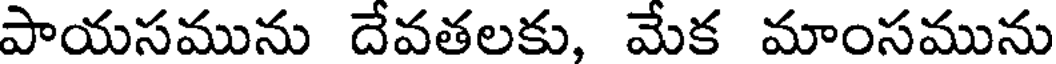
పాయసమును దేవతలకు, మేక మాంసమును